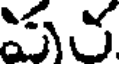
పర